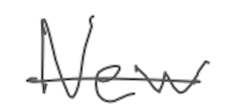
Text: New
Cross-out: single-line
Writing tool: digital_gray